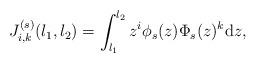
LaTeX: \begin{align*}J_{i,k}^{(s)}(l_1,l_2)&=\int_{l_1}^{l_2} z^i \phi_s(z)\Phi_s(z)^k \mathrm{d}z,\end{align*}